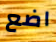
اضع